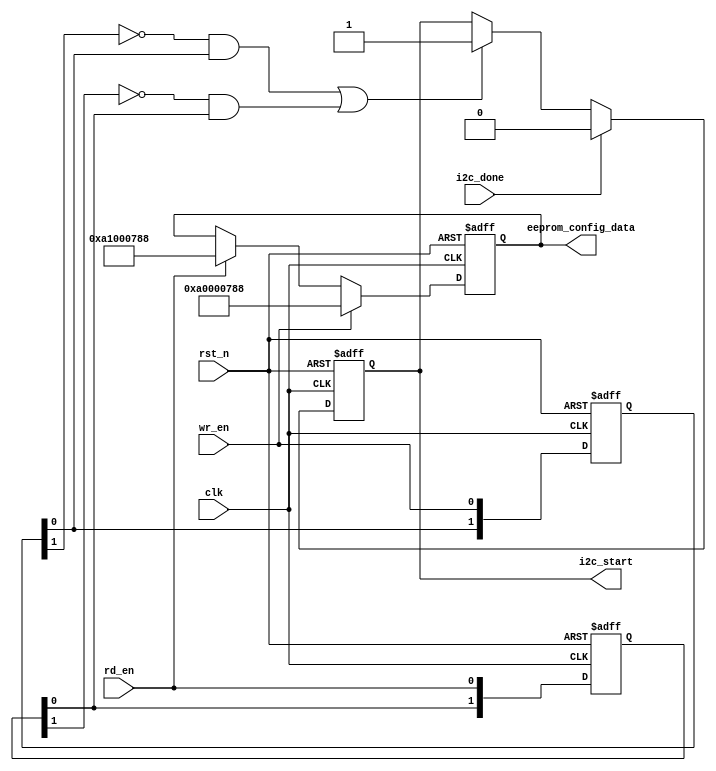
`timescale      1ns/1ps
// *********************************************************************************
// Project Name :       
// Blogs        : http://www.cnblogs.com/ninghechuan/
// Module Name  :
// Called By    :
// Abstract     :
//
// CopyRight(c) 2018, NingHeChuan Studio.. 
// All Rights Reserved
//
// *********************************************************************************
// Modification History:
// Date         By              Version                 Change Description
// -----------------------------------------------------------------------
// 2018/8/19    NingHeChuan       1.0                     Original
//  
// *********************************************************************************

module Ctrl_I2C_Op(
    input                   clk,
    input                   rst_n,
    input                   wr_en,
    input                   rd_en,
    input                   i2c_done,
    output    reg           i2c_start,
    output    reg [31:0]    eeprom_config_data
);

wire    [7:0]   wr_device_addr  = 8'hA0;             //8'hA08'hA1
wire    [7:0]   rd_device_addr  = 8'hA1;  
wire    [7:0]   reg_addr1       = 8'b0000_0000;
wire    [7:0]   reg_addr2       = 8'b0000_0111;
wire    [7:0]   wr_data         = 8'h88;
//
reg     [1:0]   wr_en_r;
reg     [1:0]   rd_en_r;
wire            wr_pose;
wire            rd_pose;


//-------------------------------------------------------
always @(posedge clk or negedge rst_n)begin
    if(rst_n == 1'b0)
        eeprom_config_data <= 'b0;
    else if(wr_en)
        eeprom_config_data <= {wr_device_addr, reg_addr1, reg_addr2, wr_data};
    else if(rd_en)
        eeprom_config_data <= {rd_device_addr, reg_addr1, reg_addr2, wr_data};
    else 
        eeprom_config_data <= eeprom_config_data;
end

//-------------------------------------------------------
//wr_en_r
always @(posedge clk or negedge rst_n)begin
    if(rst_n == 1'b0)begin
        wr_en_r <= 2'b0;
        rd_en_r <= 2'b0;
    end
    else begin
        wr_en_r <= {wr_en_r[0], wr_en};
        rd_en_r <= {rd_en_r[0], rd_en};
    end
end

assign  wr_pose = ~wr_en_r[1] & wr_en_r[0];
assign  rd_pose = ~rd_en_r[1] & rd_en_r[0];


//-------------------------------------------------------
always @(posedge clk or negedge rst_n)begin
    if(rst_n == 1'b0)
        i2c_start <= 1'b0;
    else if(i2c_done == 1'b1)
        i2c_start <= 1'b0;
    else if(wr_pose || rd_pose)
        i2c_start <= 1'b1;
    else 
        i2c_start <= i2c_start;        
end





endmodule